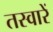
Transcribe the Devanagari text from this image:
तस्‍वारें